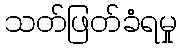
သတ်ဖြတ်ခံရမှု